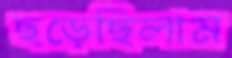
ছড়েছিলাম